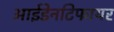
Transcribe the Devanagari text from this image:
आईडेनटिफायर